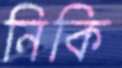
নিকি